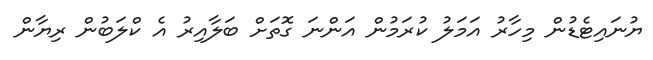
ޔުނައިޓެޑުން މިހާރު އަމަލު ކުރަމުން އަންނަ ގޮތަށް ބަލާއިރު އެ ކްލަބުން ރިޔާން